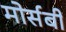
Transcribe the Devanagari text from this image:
मोर्सबी